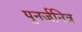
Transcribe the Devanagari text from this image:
पुनर्जनित्र